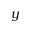
\boldsymbol { y }